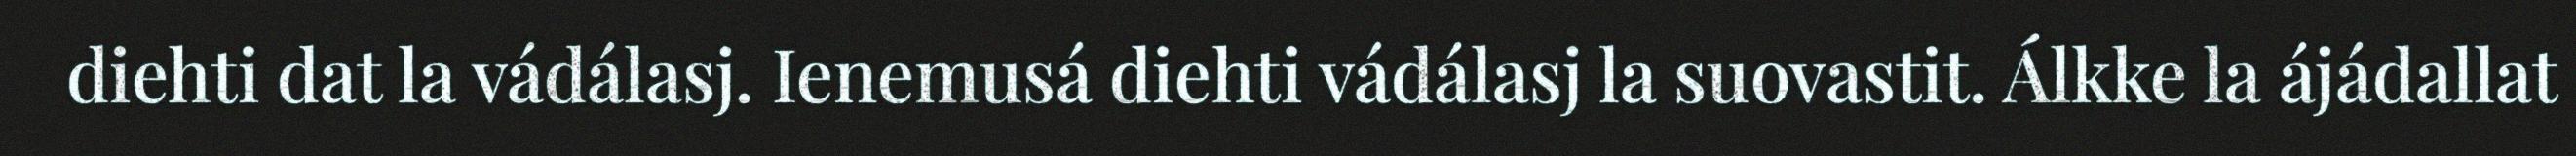
diehti dat la vádálasj. Ienemusá diehti vádálasj la suovastit. Álkke la ájádallat